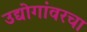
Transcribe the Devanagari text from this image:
उद्योगांवरचा